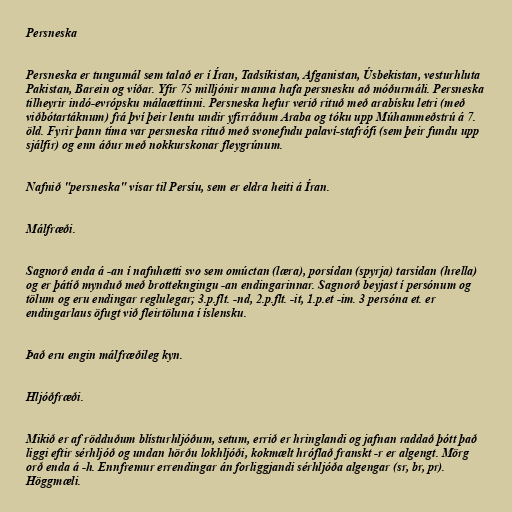
Persneska

Persneska er tungumál sem talað er í Íran, Tadsíkistan, Afganistan, Úsbekistan, vesturhluta
Pakistan, Barein og víðar. Yfir 75 milljónir manna hafa persnesku að móðurmáli. Persneska
tilheyrir indó-evrópsku málaættinni. Persneska hefur verið rituð með arabísku letri (með
viðbótartáknum) frá því þeir lentu undir yfirráðum Araba og tóku upp Múhammeðstrú á 7.
öld. Fyrir þann tíma var persneska rituð með svonefndu palaví-stafrófi (sem þeir fundu upp
sjálfir) og enn áður með nokkurskonar fleygrúnum.

Nafnið "persneska" vísar til Persíu, sem er eldra heiti á Íran.

Málfræði.

Sagnorð enda á -an í nafnhætti svo sem omúctan (læra), porsídan (spyrja) tarsídan (hrella)
og er þátíð mynduð með brottekngingu -an endingarinnar. Sagnorð beyjast í persónum og
tölum og eru endingar reglulegar; 3.p.flt. -nd, 2.p.flt. -it, 1.p.et -im. 3 persóna et. er
endingarlaus öfugt við fleirtöluna í íslensku.

Það eru engin málfræðileg kyn.

Hljóðfræði.

Mikið er af rödduðum blísturhljóðum, setum, errið er hringlandi og jafnan raddað þótt það
liggi eftir sérhljóð og undan hörðu lokhljóði, kokmælt hróflað franskt -r er algengt. Mörg
orð enda á -h. Ennfremur errendingar án forliggjandi sérhljóða algengar (sr, br, pr).
Höggmæli.